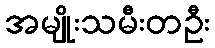
အမျိုးသမီးတဦး